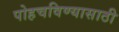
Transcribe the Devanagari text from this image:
पोहचविण्यासाठी